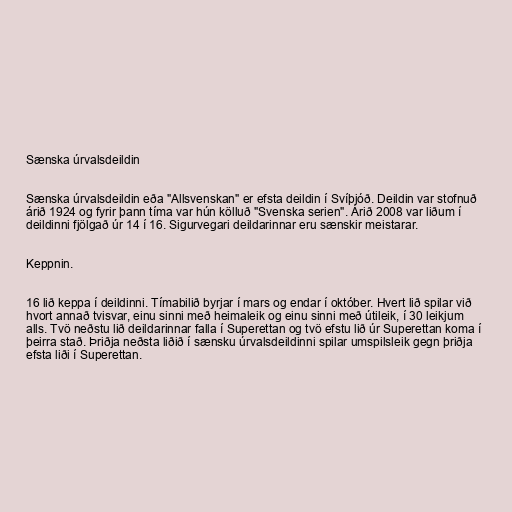
Sænska úrvalsdeildin

Sænska úrvalsdeildin eða "Allsvenskan" er efsta deildin í Svíþjóð. Deildin var stofnuð
árið 1924 og fyrir þann tíma var hún kölluð "Svenska serien". Árið 2008 var liðum í
deildinni fjölgað úr 14 í 16. Sigurvegari deildarinnar eru sænskir meistarar.

Keppnin.

16 lið keppa í deildinni. Tímabilið byrjar í mars og endar í október. Hvert lið spilar við
hvort annað tvisvar, einu sinni með heimaleik og einu sinni með útileik, í 30 leikjum
alls. Tvö neðstu lið deildarinnar falla í Superettan og tvö efstu lið úr Superettan koma í
þeirra stað. Þriðja neðsta liðið í sænsku úrvalsdeildinni spilar umspilsleik gegn þriðja
efsta liði í Superettan.